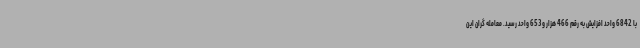
با 6842 واحد افزایش به رقم 466 هزار و 653 واحد رسید. معامله گران این